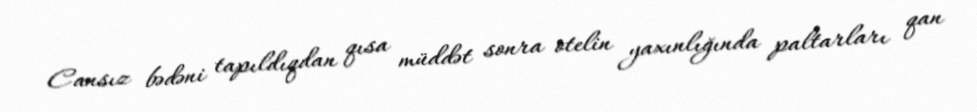
Cansız bədəni tapıldıqdan qısa müddət sonra otelin yaxınlığında paltarları qan